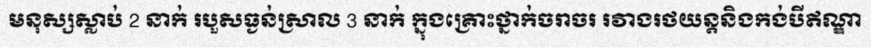
មនុស្សស្លាប់ 2 នាក់ របួសធ្ងន់ស្រាល 3 នាក់ ក្នុងគ្រោះថ្នាក់ចរាចរ រវាងរថយន្តនិងកង់បីឥណ្ឌា